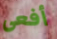
أفعى